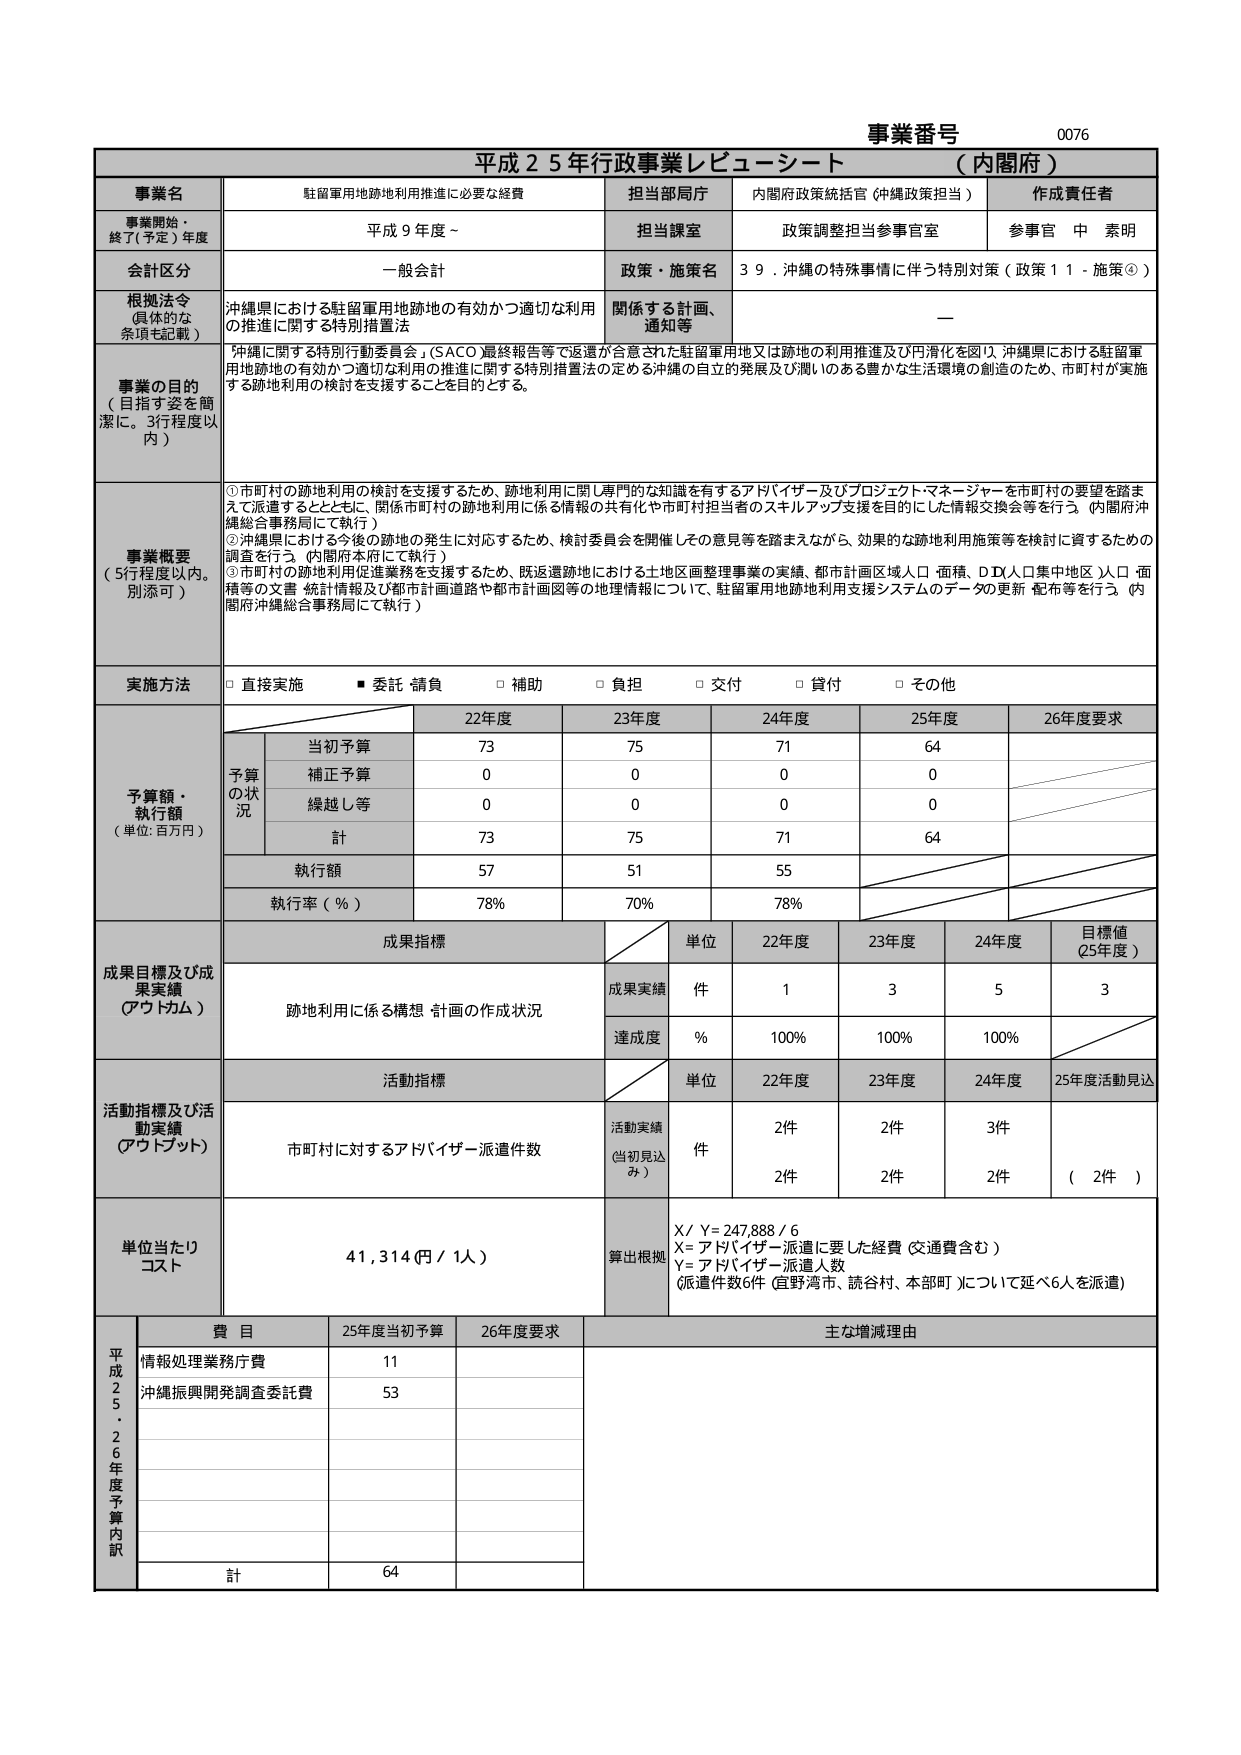
事業番号 0076
平成25年行政事業レビュー・シート （内閣府）

事業名 駐留軍用地跡地利用推進に必要な経費
担当部局庁 内閣府政策統括官（沖縄政策担当）
作成責任者 参事官 中 素明

事業開始・終了（予定）年度 平成9年度～
担当課室 政策調整担当参事官室

会計区分 一般会計
政策・施策名 39．沖縄の特殊事情に伴う特別対策（政策11・施策③）

根拠法令（具体的な条項も記載） 沖縄県における駐留軍用地跡地の有効かつ適切な利用の推進に関する特別措置法
関係する計画、通知等 —

事業の目的（目指す姿を簡潔に。3行程度以内）
「沖縄に関する特別行動委員会」（SACO）最終報告等で返還が合意された駐留軍用地又は跡地の利用推進及び円滑化を図り、沖縄県における駐留軍用地跡地の有効かつ適切な利用の推進に関する特別措置法の定める沖縄の自立的発展及び潤いのある豊かな生活環境の創造のため、市町村が実施する跡地利用の検討を支援することを目的とする。

事業概要（5行程度以内。別添可）
①市町村の跡地利用の検討を支援するため、跡地利用に関し専門的な知識を有するアドバイザー及びプロジェクトマネージャーを市町村の要望を踏まえて派遣するとともに、関係市町村の跡地利用に係る情報の共有化や市町村担当者のスキルアップ支援を目的にした情報交換会等を行う。（内閣府沖縄総合事務局にて執行）
②沖縄県における今後の跡地の発生に対応するため、検討委員会を開催しその意見等を踏まえながら、効果的な跡地利用施策等を検討し資するための調査を行う。（内閣府本府にて執行）
③市町村の跡地利用促進業務を支援するため、既返還跡地における土地区画整理事業の実績、都市計画区域人口・面積、DD人口集中地区人口・面積等の文書・統計情報及び都市計画道路や都市計画図等の地理情報について、駐留軍用地跡地利用支援システムのデータの更新・配布等を行う。（内閣府沖縄総合事務局にて執行）

実施方法 □直接実施 ■委託・請負 □補助 □負担 □交付 □貸付 □その他

予算額・執行額（単位：百万円）
予算の状況
当初予算 22年度 73 23年度 75 24年度 71 25年度 64 26年度要求
補正予算 0 0 0 0
繰越し等 0 0 0 0
計 73 75 71 64
執行額 57 51 55
執行率（％） 78％ 70％ 78％

成果目標及び成果実績（アウトカム）
成果指標
単位 22年度 23年度 24年度 目標値（25年度）
跡地利用に係る構想・計画の作成状況
成果実績 件 1 3 5 3
達成度 ％ 100％ 100％ 100％

活動指標及び活動実績（アウトプット）
活動指標
単位 22年度 23年度 24年度 25年度活動見込
市町村に対するアドバイザー派遣件数
活動実績（当初見込み） 件 2件 2件 3件
2件 2件 2件 （2件）

単位当たりコスト 41,314（円／1人）
算出根拠 X／Y＝247,888／6
X＝アドバイザー派遣に要した経費（交通費含む）
Y＝アドバイザー派遣人数
（派遣件数6件（宜野湾市、読谷村、本部町）について延べ6人を派遣）

平成25・26年度予算内訳
費目 25年度当初予算 26年度要求 主な増減理由
情報処理業務庁費 11
沖縄振興開発調査委託費 53
計 64